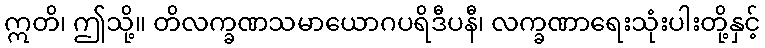
ဣတိ၊ ဤသို့။ တိလက္ခဏသမာယောဂပရိဒီပနီ၊ လက္ခဏာရေးသုံးပါးတို့နှင့်